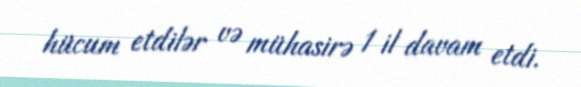
hücum etdilər və mühasirə 1 il davam etdi.